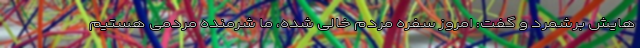
هایش برشمرد و گفت: امروز سفره مردم خالی شده، ما شرمنده مردمی هستیم